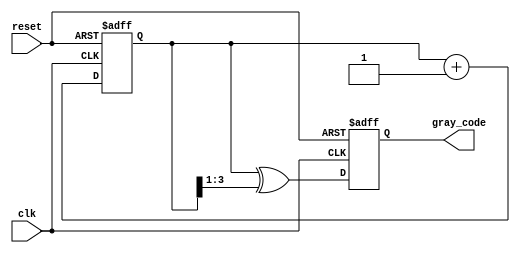
module gray_code_counter #(
    parameter N = 4  // Number of bits for the Gray Code Counter
)(
    input wire clk,                 // Clock input
    input wire reset,               // Asynchronous reset
    output reg [N-1:0] gray_code    // n-bit Gray Code output
);

    reg [N-1:0] binary_counter;     // n-bit binary counter

    // Always block for synchronous binary counting and Gray code conversion
    always @(posedge clk or posedge reset) begin
        if (reset) begin
            // Initialize the binary counter and Gray Code output to zero on reset
            binary_counter <= 0;
            gray_code <= 0;
        end else begin
            // Increment the binary counter
            binary_counter <= binary_counter + 1;

            // Convert binary to Gray code
            gray_code <= binary_counter ^ (binary_counter >> 1);
        end
    end

endmodule